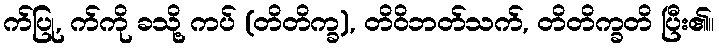
က်ပြု, က်ကို ခသို့ ကပ် (တိတိက္ခ), တိဝိဘတ်သက်, တိတိက္ခတိ ပြီး၏။